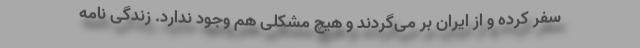
سفر کرده و از ایران بر می‌گردند و هیچ مشکلی هم وجود ندارد. زندگی نامه